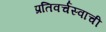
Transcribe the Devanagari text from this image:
प्रतिवर्चस्वाची